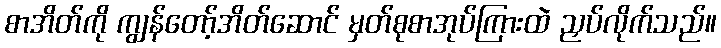
စာအိတ်ကို ကျွန်တော့်အိတ်ဆောင် မှတ်စုစာအုပ်ကြားထဲ ညှပ်လိုက်သည်။